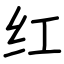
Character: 红